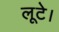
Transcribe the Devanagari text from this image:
लूटे।